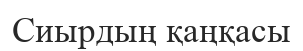
Сиырдың қаңқасы